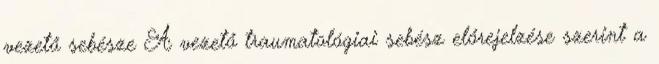
vezető sebésze A vezető traumatológiai sebész előrejelzése szerint a